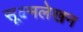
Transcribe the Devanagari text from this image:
सूक्ष्मलेखन